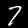
Digit: 7